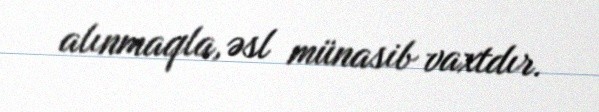
alınmaqla, əsl münasib vaxtdır.